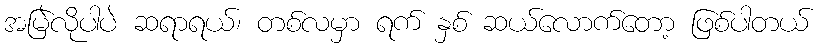
အမြဲလိုပါပဲ ဆရာရယ်၊ တစ်လမှာ ရက် နှစ် ဆယ်လောက်တော့ ဖြစ်ပါတယ်